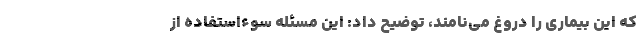
که این بیماری را دروغ می‌نامند، توضیح داد: این مسئله سوءاستفاده از